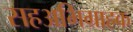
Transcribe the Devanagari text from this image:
सहअभिग्राहक